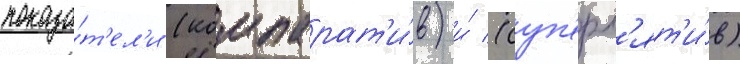
показа́т'ел'и (компарат'и́в) и́ (суп'ерл'ят'и́в)